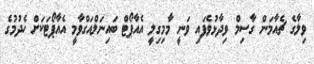
ވިލާގެ ޗެއާމަން ގާސިމް ވިދާޅުވެފައި ވަނީ މާމިގިލީ އެއާޕޯޓް ބައިނަލްއަގްވާމީ އެއާޕޯޓަކަށް ހެދުމުގެ